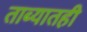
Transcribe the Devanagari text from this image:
ताब्यातही